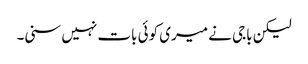
لیکن باجی نے میری کوئی بات نہیں سنی۔